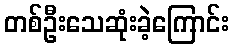
တစ်ဦးသေဆုံးခဲ့ကြောင်း